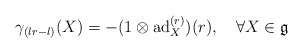
\begin{align*}\gamma_{(lr-l)}(X)=-(1\otimes \mathrm{ad}_{X}^{(r)})(r),\quad\forall X\in\mathfrak{g}\end{align*}